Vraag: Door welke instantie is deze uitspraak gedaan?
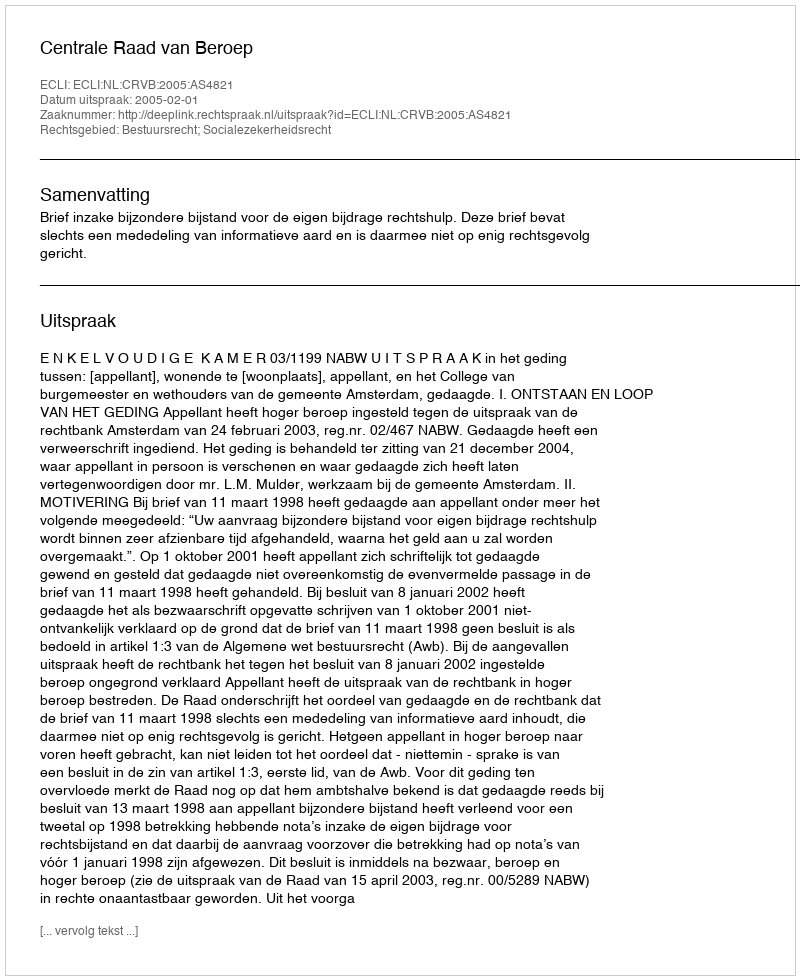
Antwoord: Centrale Raad van Beroep